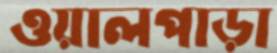
ওয়ালপাড়া